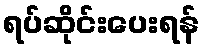
ရပ်ဆိုင်းပေးရန်